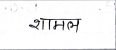
मजकूर: शामल